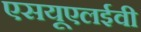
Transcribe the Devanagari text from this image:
एसयूएलईवी